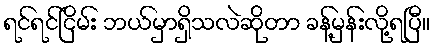
ရင်ရင်ငြိမ်း ဘယ်မှာရှိသလဲဆိုတာ ခန့်မှန်းလို့ရပြီ။